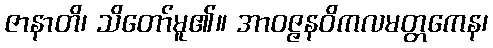
ဇာနာတိ၊ သိတော်မူ၏။ အာဝဇ္ဇနဝိကလမတ္တကေန၊